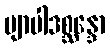
ဗျာပါဒစ္ဆန္ဒော